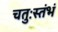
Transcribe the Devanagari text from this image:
चतुःस्तंभं